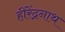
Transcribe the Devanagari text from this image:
हीरेंद्रनाथ